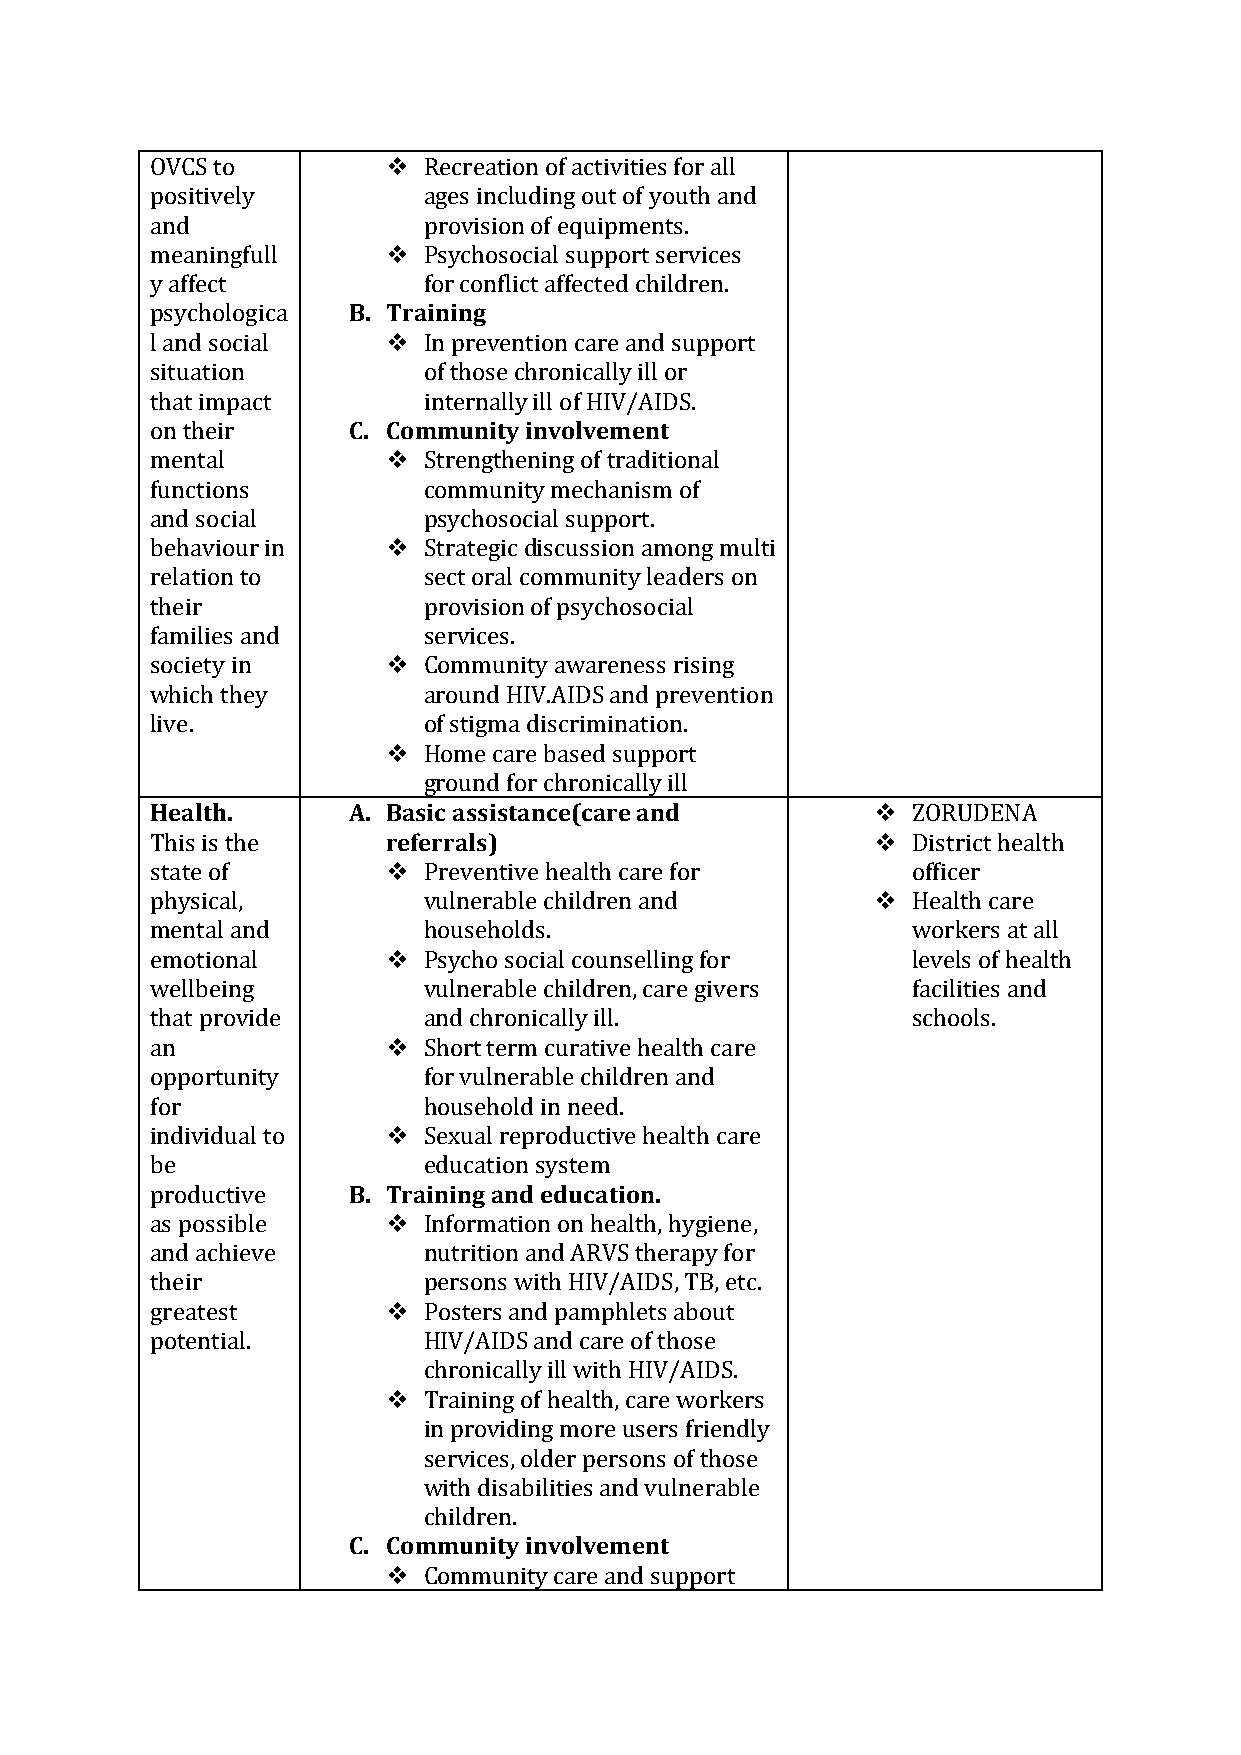
OVCS to          Recreation of activities for all
 positively        ages including out of youth and
 and               provision of equipments.
 meaningfull      Psychosocial support services
 y affect          for conflict affected children.
 psychologica B. Training
 l and social     In prevention care and support
 situation         of those chronically ill or
 that impact       internally ill of HIV/AIDS.
 on their     C. Community involvement
 mental           Strengthening of traditional
 functions         community mechanism of
 and social        psychosocial support.
 behaviour in     Strategic discussion among multi
 relation to       sect oral community leaders on
 their             provision of psychosocial
 families and      services.
 society in       Community awareness rising
 which they        around HIV.AIDS and prevention
 live.             of stigma discrimination.
  Home care based support
 ground for chronically ill
 Health.      A. Basic assistance(care and        ZORUDENA
 This is the     referrals)                       District health
 state of         Preventive health care for      officer
 physical,         vulnerable children and        Health care
 mental and        households.                     workers at all
 emotional        Psycho social counselling for   levels of health
 wellbeing         vulnerable children, care givers facilities and
 that provide      and chronically ill.            schools.
 an               Short term curative health care
 opportunity       for vulnerable children and
 for               household in need.
 individual to    Sexual reproductive health care
 be                education system
 productive   B. Training and education.
 as possible      Information on health, hygiene,
 and achieve       nutrition and ARVS therapy for
 their             persons with HIV/AIDS, TB, etc.
 greatest         Posters and pamphlets about
 potential.        HIV/AIDS and care of those
 chronically ill with HIV/AIDS.
  Training of health, care workers
 in providing more users friendly
 services, older persons of those
 with disabilities and vulnerable
 children.
 C. Community involvement
  Community care and support